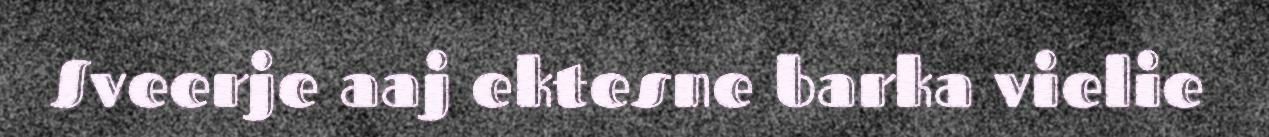
Sveerje aaj ektesne barka vielie